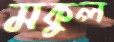
মকুল